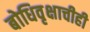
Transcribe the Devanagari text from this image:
बोधिवृक्षाचीही